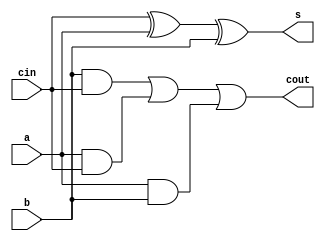
module FullAdder(a, b, cin, s, cout);
  // 3C7 LabD 2010
  // a and b are the bits to add
  // cin is carry in
  input wire a, b, cin;
  
  // s is the sum of a and b. cout is any carry out bit
  // wires since just using assign here
  output wire s, cout;

  // logic for sum and carry
  assign s = cin ^ a ^ b;
  assign cout = (b & cin) | (a & cin) | (a & b); 
  
endmodule

module SIXbit_ripple_adder(
    input wire [5:0] x, y,
    input wire sel,
    output wire overflow, c_out,
    output wire [5:0] sum
    );
    
    // XOR gates to preform negation if sel = 1 and subtraction is desired
    // Flip all bits in y, and add one if subtraction

    wire [5:0] y2;
    // To flip bits when selection is 1 ie. selection = substitution, XOR y with selection
    assign y2[0] = y[0] ^ sel;
    assign y2[1] = y[1] ^ sel;
    assign y2[2] = y[2] ^ sel;
    assign y2[3] = y[3] ^ sel;
    assign y2[4] = y[4] ^ sel;
    assign y2[5] = y[5] ^ sel;
    
    // After flipping bits 1 must be added in order to convert to a 2's compliment neg number
    // This is done by inputting selection as the carry input for the first adder
    wire c0, c1, c2, c3, c4, c5;
    FullAdder bit0 (.a(x[0]), .b(y2[0]), .cin(sel), .cout(c0), .s(sum[0]) ); // First adder, Carry in = selection

    // Ripple add by setting carry in as the previous adder's carry out
    FullAdder bit1 (.a(x[1]), .b(y2[1]), .cin(c0), .cout(c1), .s(sum[1]) );
    FullAdder bit2 (.a(x[2]), .b(y2[2]), .cin(c1), .cout(c2), .s(sum[2]) );
    FullAdder bit3 (.a(x[3]), .b(y2[3]), .cin(c2), .cout(c3), .s(sum[3]) );
    FullAdder bit4 (.a(x[4]), .b(y2[4]), .cin(c3), .cout(c4), .s(sum[4]) );
    FullAdder bit5 (.a(x[5]), .b(y2[5]), .cin(c4), .cout(c5), .s(sum[5]) );
    
    xor g7 (overflow, c5, c4); // Overflow
    assign c_out = c5; // Carry out
    
endmodule